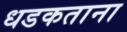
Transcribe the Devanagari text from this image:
धडकताना